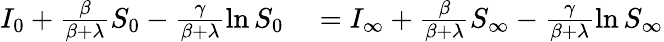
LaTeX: \begin{array}{rl}{I_{0}+\frac{\beta}{\beta+\lambda}S_{0}-\frac{\gamma}{\beta+\lambda}\ln S_{0}}&{{}=I_{\infty}+\frac{\beta}{\beta+\lambda}S_{\infty}-\frac{\gamma}{\beta+\lambda}\ln S_{\infty}}\end{array}